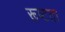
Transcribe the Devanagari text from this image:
रूष्टता